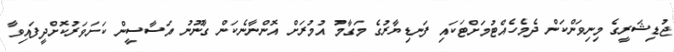
ޖުޑިޝަރީގެ މިނިވަންކަން ދެމެހެއްޓުމަށްޓަކައި ފަނޑިޔާރުގެ މަގާމު އުމުރަށް އޮންނާނެކަން ގާނޫނު އަސާސީން ކަށަވަރުކޮށްދީފައިވާ